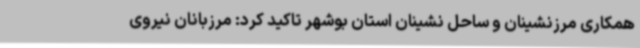
همکاری مرزنشینان و ساحل نشینان استان بوشهر تاکید کرد: مرزبانان نیروی